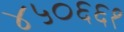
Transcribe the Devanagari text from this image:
४५०६६१